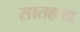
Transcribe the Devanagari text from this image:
सातहव्य